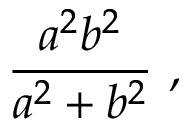
{ \frac { a ^ { 2 } b ^ { 2 } } { a ^ { 2 } + b ^ { 2 } } } \ ,